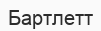
Бартлетт